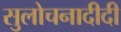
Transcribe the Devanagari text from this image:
सुलोचनादीदी